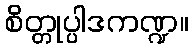
စိတ္တုပ္ပါဒကဏ္ဍ။